Vaccination in the Punjab 1867-1880 - 1867-1880
Year: 1867
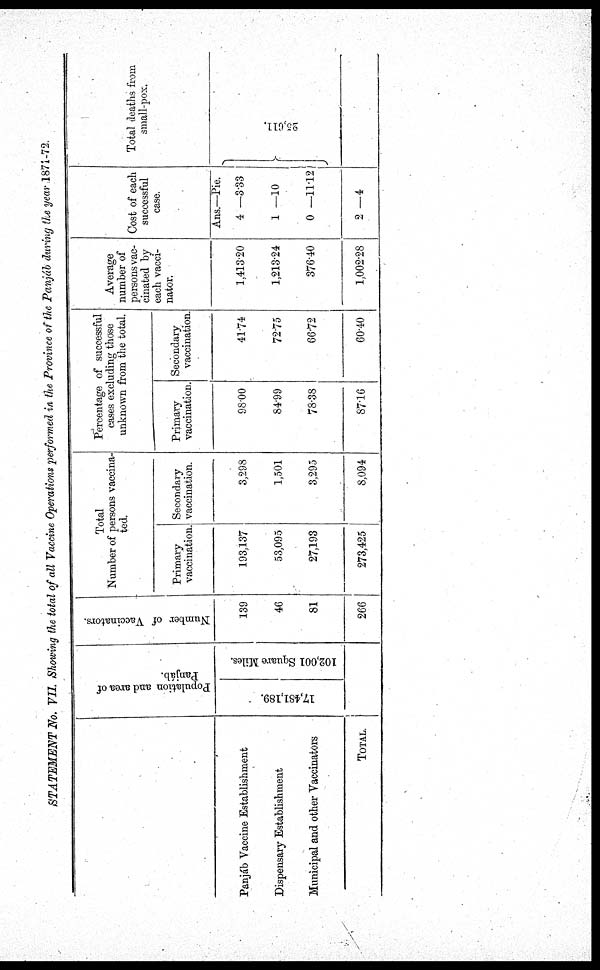
STATEMENT No. VII. Showing the total of all Vaccine Operations performed in the Province of the Panjáb during the year .1871-72.
Panjáb Vaccine Establishment
Dispensary Establishment
Municipal and other Vaccinators
Total.
Population and area of Panjáb.
17,481,189.
102,001 Square Miles.
Number of Vaccinators.
139
46
81
266
Total
Number of persons vaccina-
ted.
Primary
vaccination.
193,137
53,095
27,193
273,425
Secondary
vaccination.
3,298
1,501
3,295
8,094
Percentage of successful
cases excluding those
unknown from the total.
Primary
vaccination.
98.00
84.99
78.38
87.16
Secondary
vaccination.
41.74
72.75
66.72
60.40
Average
number of
persons vac-
cinated by
each vacci-
nator.
1,413.20
1,213.24
376.40
1,002.28
Cost of each
successful
case.
Ans.—Pie.
4 —3.33
1 —10
0 —11.12
2 —4
Total deaths from
small-pox.
25,611.